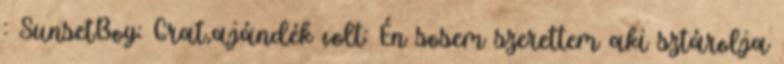
: SunsetBoy: Grat,ajándék volt: Én sosem szerettem aki sztárolja